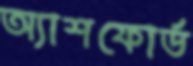
অ্যাশফোর্ড